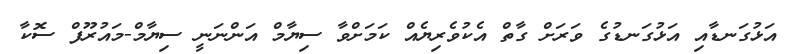
އަޅުގަނޑާއި އަޅުގަނޑުގެ ވަރަށް ގާތް އެކުވެރިޔެއް ކަމަށްވާ ސިޔާމް އަންނަނީ ސިޔާމް-މައުރޫފް ސޮކާ